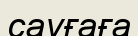
сауғаға